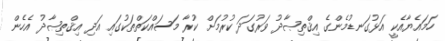
ހަމައެޔާއެކީ އަޅުގަނޑުމެންގެ އިޤްތިޞާދު ވަރުގަދަ ކުރުމަށް ކުރާ މަސައްކަތްތަކުގައި އަދި އިޤްތިޞާދު އެހެން